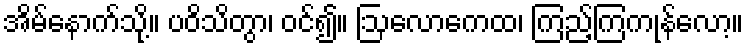
အိမ်နောက်သို့။ ပဝိသိတွာ၊ ဝင်၍။ ဩလောကေထ၊ ကြည့်ကြကုန်လော့။